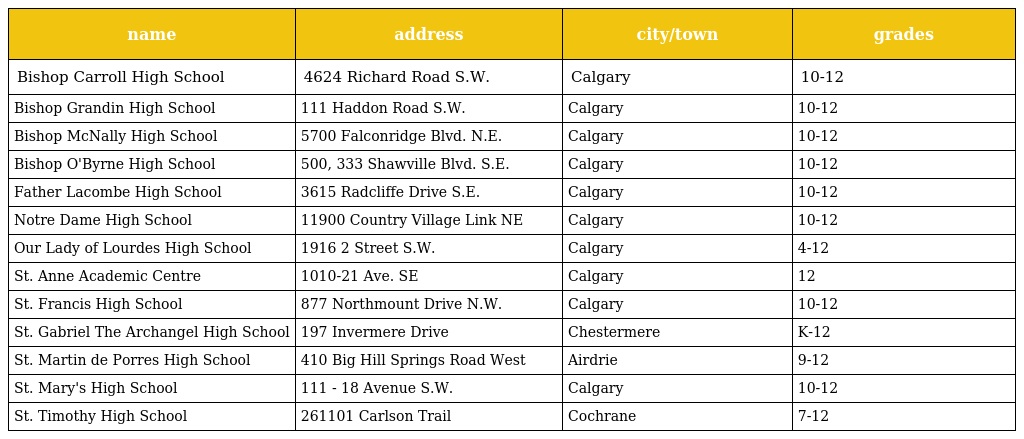
| name | address | city/town | grades |
 | --- | --- | --- | --- |
 | Bishop Carroll High School | 4624 Richard Road S.W. | Calgary | 10-12 |
 | Bishop Grandin High School | 111 Haddon Road S.W. | Calgary | 10-12 |
 | Bishop McNally High School | 5700 Falconridge Blvd. N.E. | Calgary | 10-12 |
 | Bishop O'Byrne High School | 500, 333 Shawville Blvd. S.E. | Calgary | 10-12 |
 | Father Lacombe High School | 3615 Radcliffe Drive S.E. | Calgary | 10-12 |
 | Notre Dame High School | 11900 Country Village Link NE | Calgary | 10-12 |
 | Our Lady of Lourdes High School | 1916 2 Street S.W. | Calgary | 4-12 |
 | St. Anne Academic Centre | 1010-21 Ave. SE | Calgary | 12 |
 | St. Francis High School | 877 Northmount Drive N.W. | Calgary | 10-12 |
 | St. Gabriel The Archangel High School | 197 Invermere Drive | Chestermere | K-12 |
 | St. Martin de Porres High School | 410 Big Hill Springs Road West | Airdrie | 9-12 |
 | St. Mary's High School | 111 - 18 Avenue S.W. | Calgary | 10-12 |
 | St. Timothy High School | 261101 Carlson Trail | Cochrane | 7-12 |